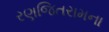
રણજિતરામના